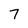
Character: 7